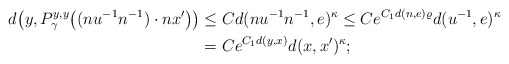
\begin{align*}d\big(y ,P^{y,y}_\gamma\big((nu^{-1}n^{-1})\cdot nx'\big)\big)&\leq C d(nu^{-1}n^{-1},e)^\kappa\leq Ce^{C_1d(n,e)\varrho}d(u^{-1},e)^\kappa\\ &=Ce^{C_1d(y,x)}d(x,x')^\kappa;\end{align*}